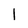
Character: 1